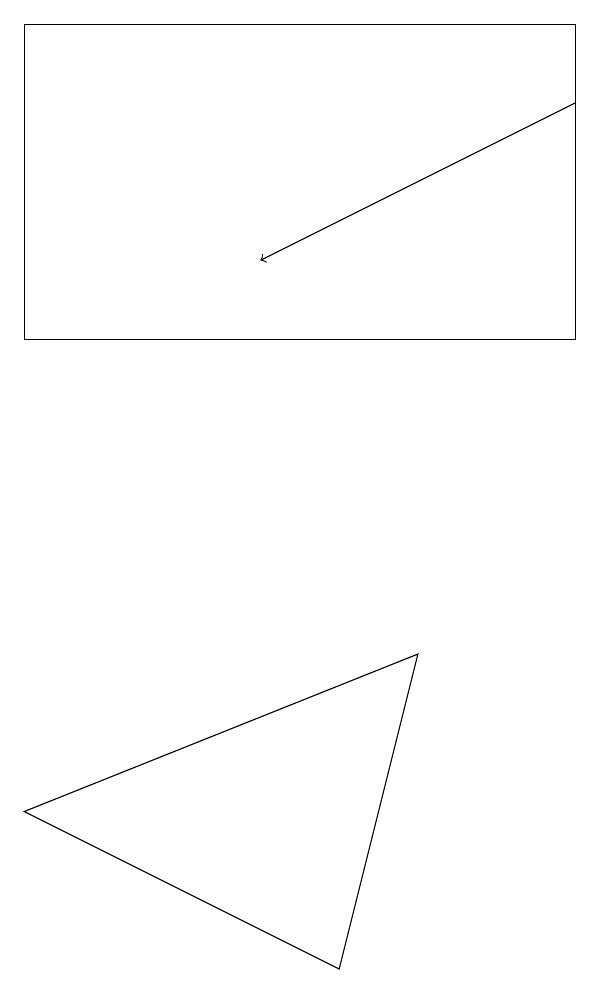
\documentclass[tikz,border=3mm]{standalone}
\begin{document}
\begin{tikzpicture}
\draw (4,2) -- (0,4) -- (5,6) -- cycle;
\draw[->] (7,13) -- (3,11);
\draw (7,10) rectangle (0,14);
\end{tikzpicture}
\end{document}